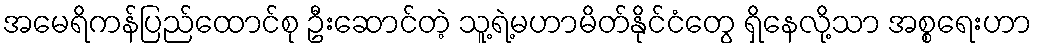
အမေရိကန်ပြည်ထောင်စု ဦးဆောင်တဲ့ သူ့ရဲ့မဟာမိတ်နိုင်ငံတွေ ရှိနေလို့သာ အစ္စရေးဟာ